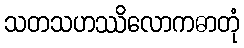
သတသဟဿိလောကဓာတုံ